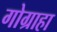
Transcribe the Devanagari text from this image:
गोग्राहा